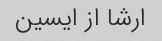
ارشا از ایسین